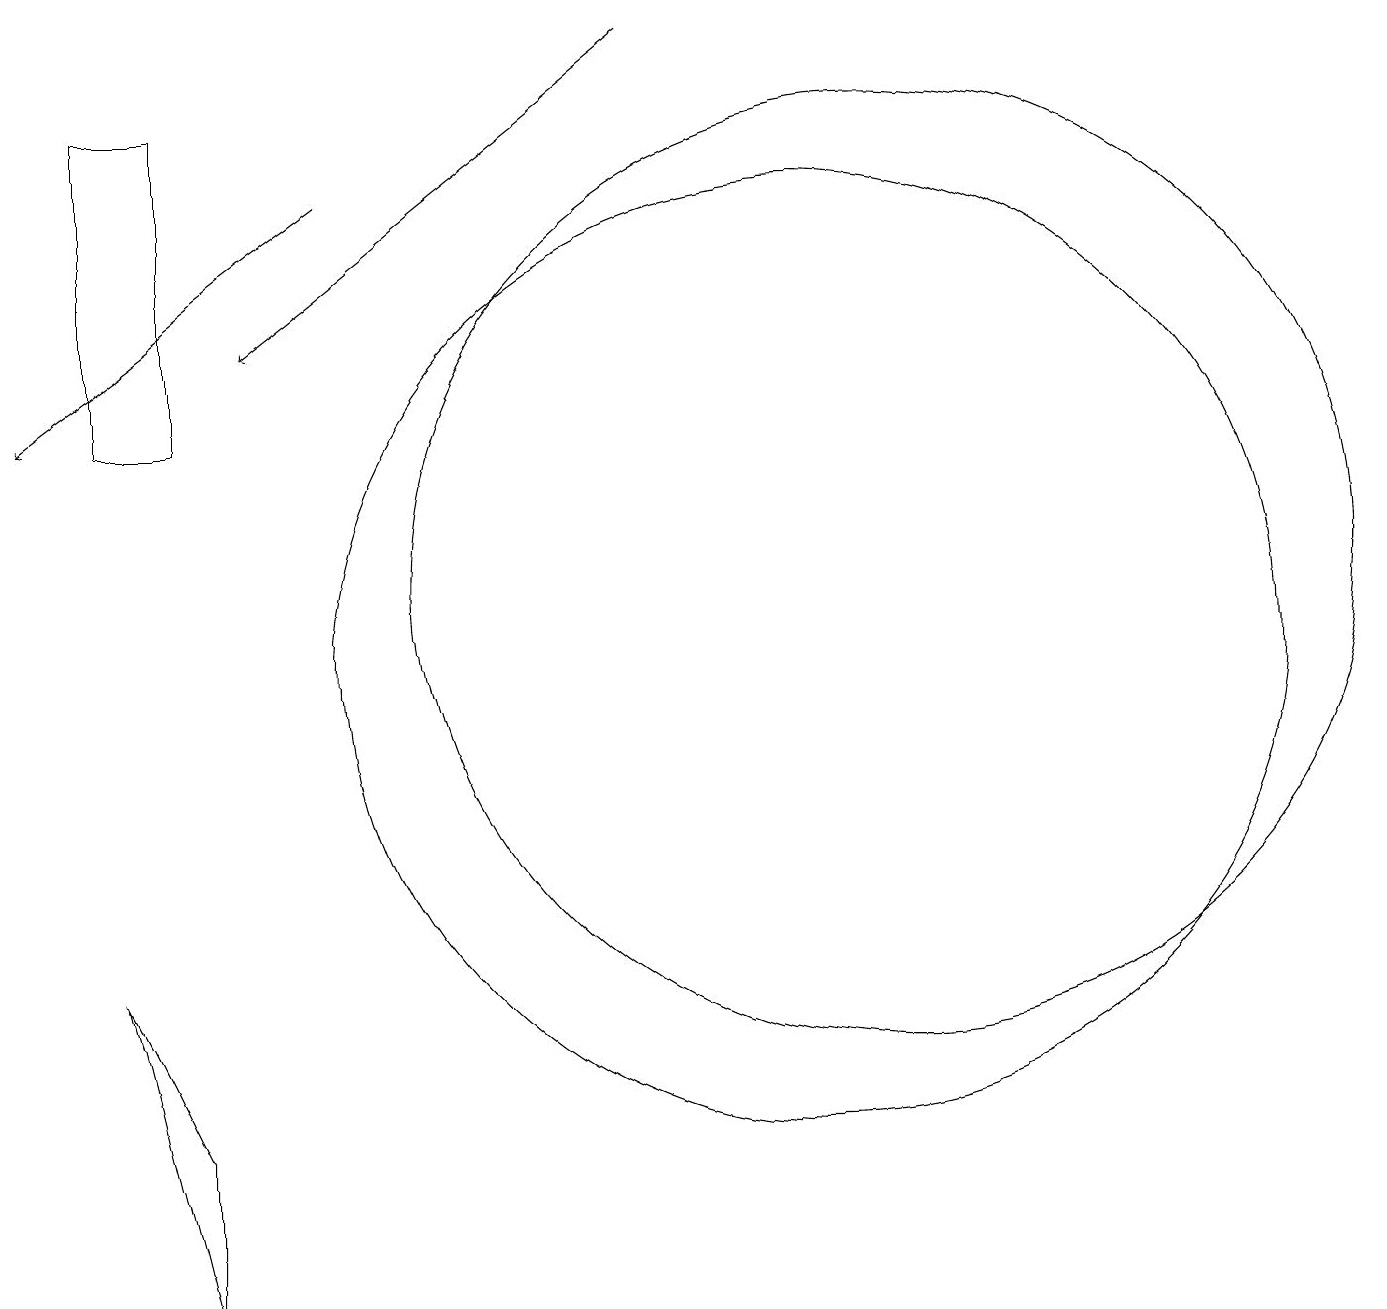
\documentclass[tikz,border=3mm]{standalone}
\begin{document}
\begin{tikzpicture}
\draw (2,18) rectangle (1,14);
\draw[->] (8,19) -- (3,15);
\draw[->] (4,17) -- (0,14);
\draw (11,12) circle (6);
\draw (2,3) -- (2,5) -- (1,7) -- cycle;
\draw (10,11) circle (6);
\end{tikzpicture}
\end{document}